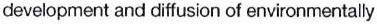
development and diffusion of environmentally